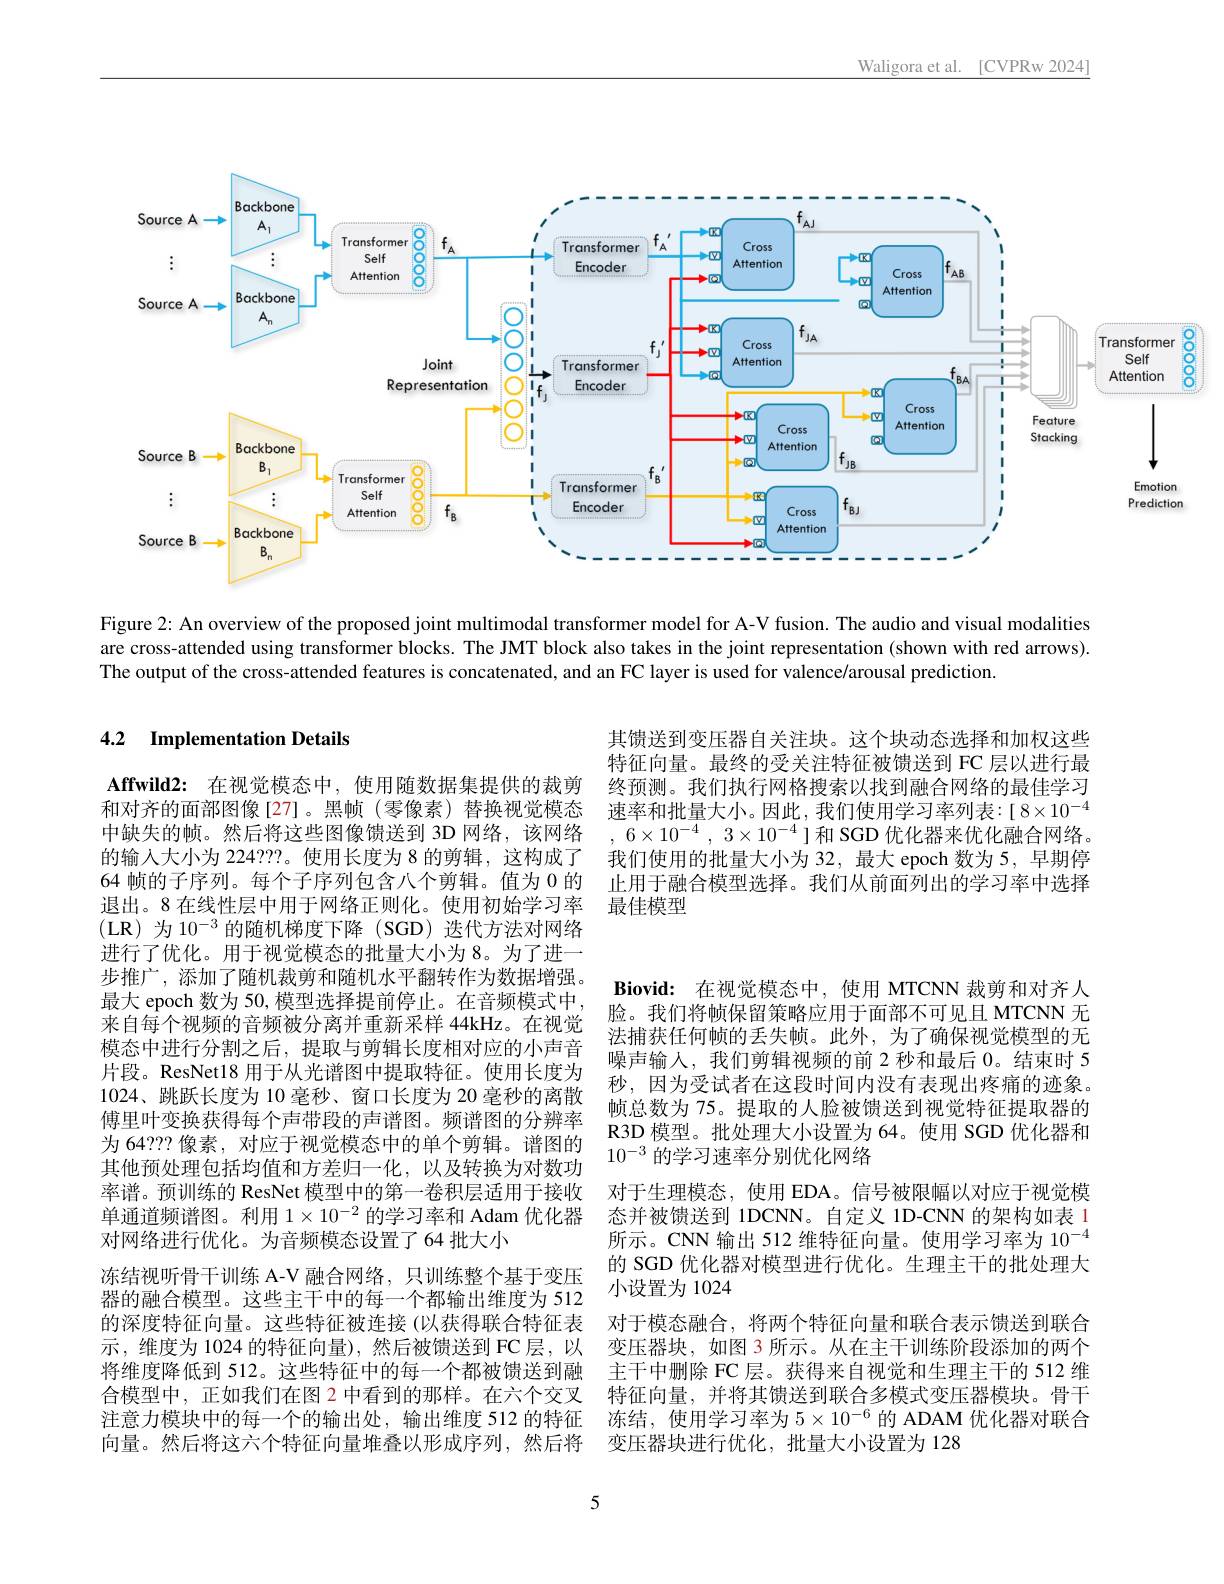
Waligora et al. [CVPRw 2024]

<FigureHere>

Figure 2: An overview of the proposed joint multimodal transformer model for A-V fusion. The audio and visual modalities are cross-attended using transformer blocks. The JMT block also takes in the joint representation (shown with red arrows) The output of the cross-attended features is concatenated, and an FC layer is used for valence/arousal prediction.

其馈送到变压器自关注块。这个块动态选择和加权这些特征向量。最终的受关注特征被馈送到 FC 层以进行最终预测。我们执行网格搜索以找到融合网络的最佳学习速率和批量大小。因此，我们使用学习率列表：[8$\times10^{-4}]$ , $6\times 10^{- 4}$ , $3\times 10^{- 4}$ ]和 SGD 优化器来优化融合网络。我们使用的批量大小为 32, 最大 epoch 数为 5, 早期停止用于融合模型选择。我们从前面列出的学习率中选择最佳模型

# 4.2 Implementation Details

Affwild2: 在视觉模态中，使用随数据集提供的裁剪和对齐的面部图像[27]。黑帧(零像素)替换视觉模态中缺失的帧。然后将这些图像馈送到 3D 网络，该网络的输入大小为 224???。使用长度为 8 的剪辑，这构成了64 帧的子序列。每个子序列包含八个剪辑。值为 0 的退出。8 在线性层中用于网络正则化。使用初始学习率(LR)为10$^-3$的随机梯度下降(SGD)迭代方法对网络进行了优化。用于视觉模态的批量大小为8。为了进一步推广，添加了随机裁剪和随机水平翻转作为数据增强。最大 epoch 数为 50, 模型选择提前停止。在音频模式中， 来自每个视频的音频被分离并重新采样 44kHz。在视觉模态中进行分割之后，提取与剪辑长度相对应的小声音片段。ResNet18 用于从光谱图中提取特征。使用长度为1024、跳跃长度为 10 毫秒、窗口长度为 20 毫秒的离散傅里叶变换获得每个声带段的声谱图。频谱图的分辨率为 64? ? ? 像 素 , 对 应 于 视 觉 模 态 中 的 单 个 剪 辑 。谱 图 的 $10^{- 3}$ 的 学 习 速 率 分 别 优 化 网 络 其 他 预 处 理 包 括 均 值 和 方 差 归 一 化 , 以 及 转 换 为 对 数 功
率谱。预训练的 ResNet 模型中的第一卷积层适用于接收单通道频谱图。利用$1\times10^{-2}$的学习率和 Adam 优化器对网络进行优化。为音频模态设置了64 批大小
冻结视听骨干训练 A-V 融合网络，只训练整个基于变压器的融合模型。这些主干中的每一个都输出维度为 512的深度特征向量。这些特征被连接 (以获得联合特征表示，维度为 1024 的特征向量),然后被馈送到 FC层，以将维度降低到 512。这些特征中的每一个都被馈送到融合模型中，正如我们在图 2 中看到的那样。在六个交叉注意力模块中的每一个的输出处，输出维度 512 的特征向量。然后将这六个特征向量堆叠以形成序列，然后将

5

Biovid: 在视觉模态中，使用 MTCNN 裁剪和对齐人脸。我们将帧保留策略应用于面部不可见且 MTCNN 无法捕获任何帧的丢失帧。此外，为了确保视觉模型的无噪声输人，我们剪辑视频的前 2 秒和最后 0。结束时 5秒，因为受试者在这段时间内没有表现出疼痛的迹象。帧总数为 75。提取的人脸被馈送到视觉特征提取器的R3D 模型。批处理大小设置为 64。使用 SGD 优化器和对于生理模态，使用 EDA。信号被限幅以对应于视觉模态并被馈送到 1DCNN。自定义 1D-CNN 的架构如表 1所示。CNN 输出 512 维特征向量。使用学习率为$10^{-4}$ 的 SGD 优化器对模型进行优化。生理主干的批处理大小设置为 1024
对于模态融合，将两个特征向量和联合表示馈送到联合变压器块，如图 3 所示。从在主干训练阶段添加的两个主干中删除 FC 层。获得来自视觉和生理主干的 512 维特征向量，并将其馈送到联合多模式变压器模块。骨干冻结，使用学习率为$5\times10^{-6}$的 ADAM 优化器对联合变压器块进行优化，批量大小设置为 128